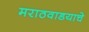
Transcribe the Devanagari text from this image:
मराठवाडयाचे